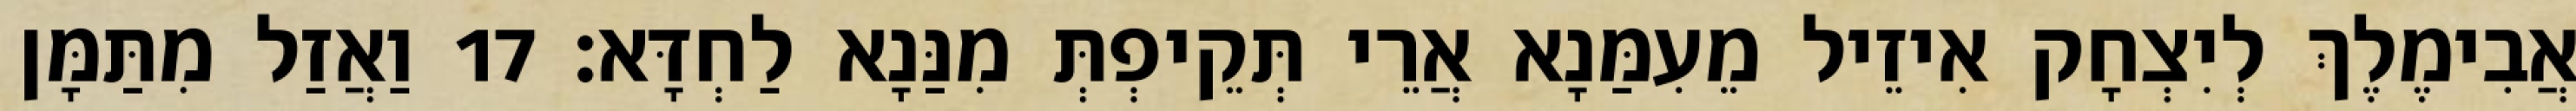
אֲבִימֶלֶךְ לְיִצְחָק אִיזֵיל מֵעִמַּנָא אֲרֵי תְּקֵיפְתְּ מִנַּנָא לַחְדָּא׃ 17 וַאֲזַל מִתַּמָּן